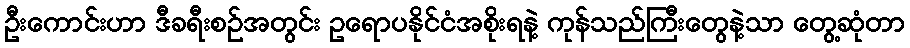
ဦးကောင်းဟာ ဒီခရီးစဉ်အတွင်း ဥရောပနိုင်ငံအစိုးရနဲ့ ကုန်သည်ကြီးတွေနဲ့သာ တွေ့ဆုံတာ